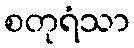
စတုရံသာ